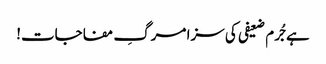
ہے جُرم ضعیفی کی سزا مرگِ مفاجات!